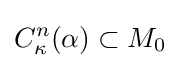
C_{\kappa }^{n}(\alpha )\subset M_{0}